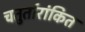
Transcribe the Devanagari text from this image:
चतुर्तारांकित